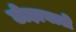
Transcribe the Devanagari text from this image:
टोड़ावाले